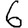
Digit: 6